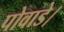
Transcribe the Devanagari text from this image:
पोवाडे।